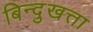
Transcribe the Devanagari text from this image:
बिन्दुखत्ता